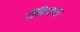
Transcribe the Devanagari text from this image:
यँकिजच्या